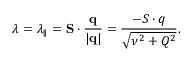
\lambda = \lambda _ { \parallel } = { \bf S } \cdot \frac { \bf q } { | { \bf q } | } = \frac { - S \cdot q } { \sqrt { \nu ^ { 2 } + Q ^ { 2 } } } .